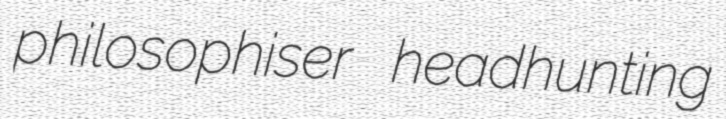
philosophiser headhunting